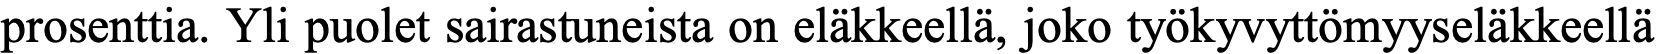
prosenttia. Yli puolet sairastuneista on eläkkeellä, joko työkyvyttömyyseläkkeellä